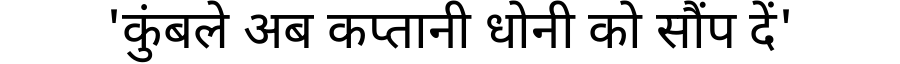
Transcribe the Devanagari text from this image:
'कुंबले अब कप्तानी धोनी को सौंप दें'